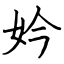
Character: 妗